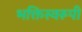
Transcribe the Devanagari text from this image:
भक्तिस्वरूपी